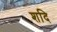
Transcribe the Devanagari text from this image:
शदि